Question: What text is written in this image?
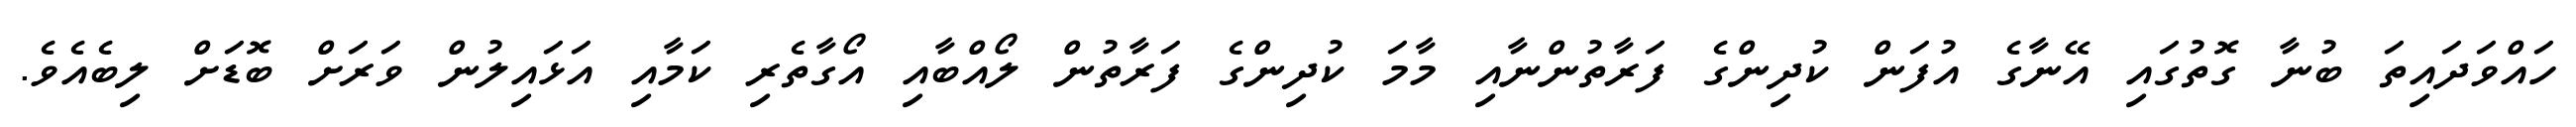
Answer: ހައްވަދައިތަ ބުނާ ގޮތުގައި އޭނާގެ އުފަން ކުދިންގެ ފަރާތުންނާއި މާމަ ކުދިންގެ ފަރާތުން ލޯއްބާއި އޯގާތެރި ކަމާއި އަޅައިލުން ވަރަށް ބޮޑަށް ލިބެއެވެ.